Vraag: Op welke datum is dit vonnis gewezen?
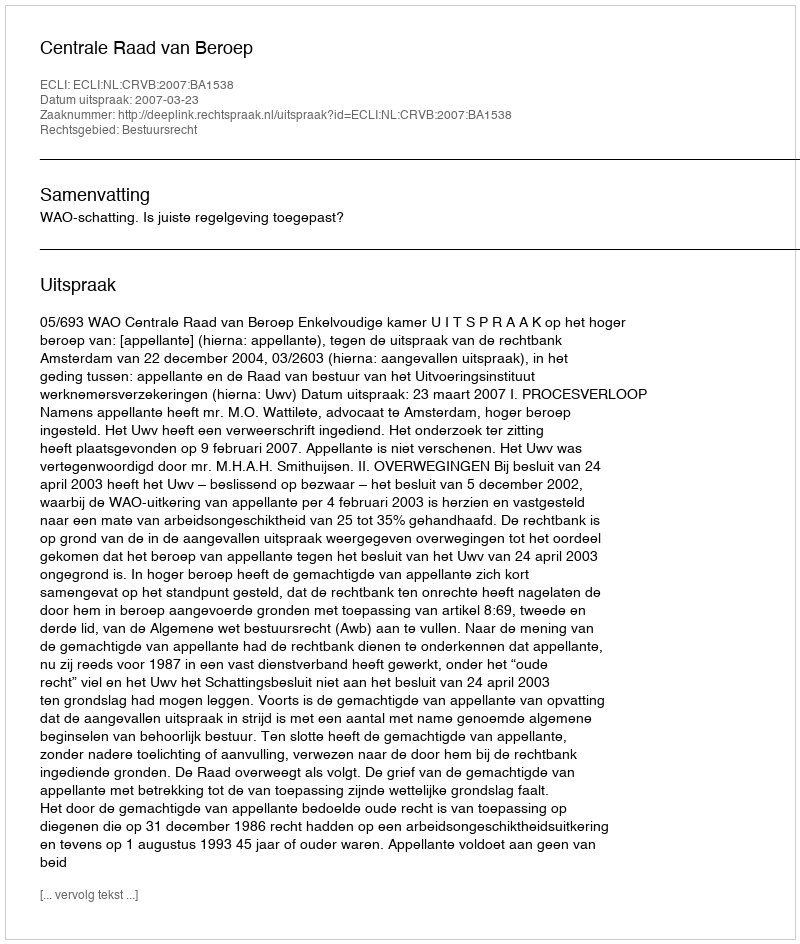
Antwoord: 2007-03-23